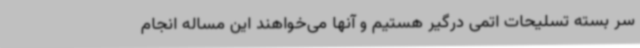
سر بسته تسلیحات اتمی درگیر هستیم و آنها می‌خواهند این مساله انجام